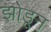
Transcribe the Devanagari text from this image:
झोडून